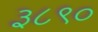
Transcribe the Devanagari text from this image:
३८९०